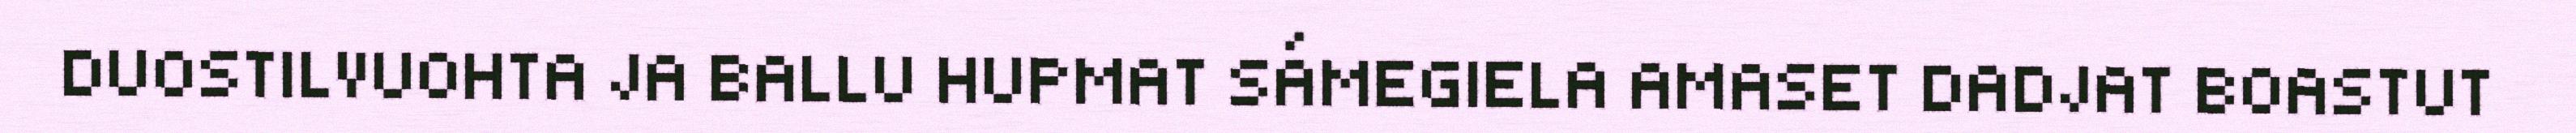
DUOSTILVUOHTA JA BALLU HUPMAT SÁMEGIELA AMASET DADJAT BOASTUT